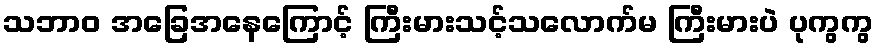
သဘာဝ အခြေအနေကြောင့် ကြီးမားသင့်သလောက်မ ကြီးမားပဲ ပုကွကွ